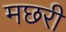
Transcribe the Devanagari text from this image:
मछरी